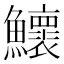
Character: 𬵹